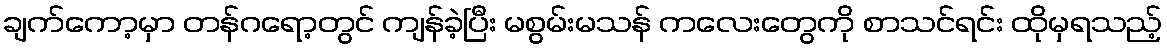
ချက်ကော့မှာ တန်ဂရော့တွင် ကျန်ခဲ့ပြီး မစွမ်းမသန် ကလေးတွေကို စာသင်ရင်း ထိုမှရသည့်